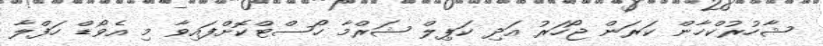
ޝާހުރުކްޚާން ކަރަން ޖޯހަރު އަދި ކަޕިލް ޝަރްމާ ހޯސްޓްކޮށްފައިވާ މި އެވޯޑް ހަފްލާ